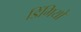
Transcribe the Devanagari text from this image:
डिंगियों